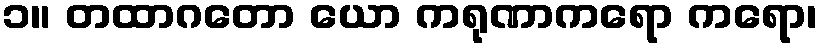
၁။ တထာဂတော ယော ကရုဏာကရော ကရော၊